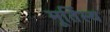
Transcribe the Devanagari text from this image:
मूर्तिस्थ